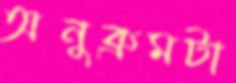
অনুক্রমটা